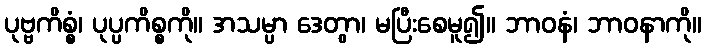
ပုဗ္ဗကိစ္စံ၊ ပုပ္ပကိစ္စကို။ အသမ္ပာ ဒေတွာ၊ မပြီးစေမူ၍။ ဘာဝနံ၊ ဘာဝနာကို။